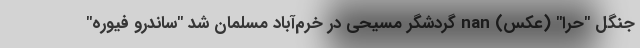
جنگل "حرا" (عکس) nan گردشگر مسیحی در خرم‌آباد مسلمان شد "ساندرو فیوره"